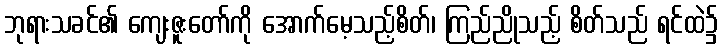
ဘုရားသခင်၏ ကျေးဇူးတော်ကို အောက်မေ့သည့်စိတ်၊ ကြည်ညိုသည့် စိတ်သည် ရင်ထဲ၌